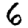
Digit: 6